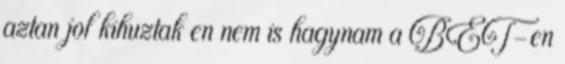
aztan jol kihuztak en nem is hagynam a BET-en